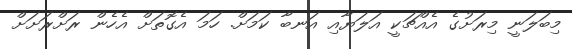
މިބަލަނީ މިރަށުގެ އެއްޗަކީ އަލަޔާއި އަނބާ ކަމަށް. ހަމަ އެގޮތަށް އެހެން ރަށްރަށަށް